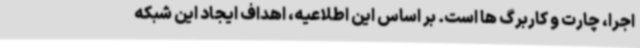
اجرا، چارت و کاربرگ ها است. بر اساس این اطلاعیه، اهداف ایجاد این شبکه